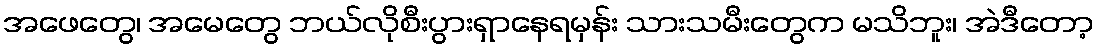
အဖေတွေ၊ အမေတွေ ဘယ်လိုစီးပွားရှာနေရမှန်း သားသမီးတွေက မသိဘူး၊ အဲဒီတော့